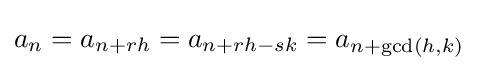
a_{n}=a_{n+rh}=a_{n+rh-sk}=a_{n+\gcd(h,k)}